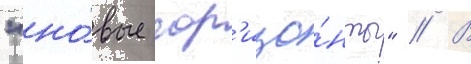
"но́вые гор'изо́нты" // В